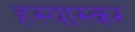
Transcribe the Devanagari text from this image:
हस्यास्कर